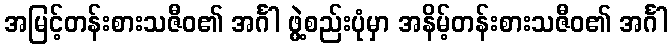
အမြင့်တန်းစားသဇီဝ၏ အင်္ဂါ ဖွဲ့စည်းပုံမှာ အနိမ့်တန်းစားသဇီဝ၏ အင်္ဂါ